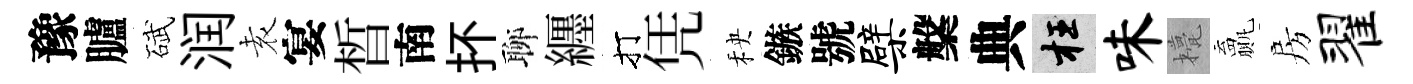
豫臚碔润𡊮宴晳南抔聊纒打凭秧鏃號檗槃典枉味甍贏房翟